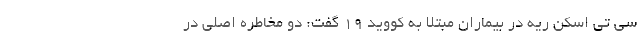
سی تی اسکن ریه در بیماران مبتلا به کووید ۱۹ گفت: دو مخاطره اصلی در